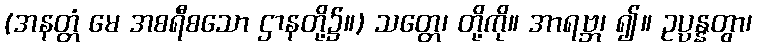
(အနတ္တံ မေ အစရီစသော ဌာနတို့၌။) သတ္တေ၊ တို့ကို။ အာရဗ္ဘ၊ ၍။ ဥပ္ပန္နတွာ၊